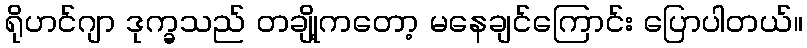
ရိုဟင်ဂျာ ဒုက္ခသည် တချို့ကတော့ မနေချင်ကြောင်း ပြောပါတယ်။